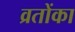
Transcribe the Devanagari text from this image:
व्रतोंका